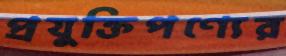
প্রযুক্তিপণ্যের